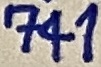
Text: 741